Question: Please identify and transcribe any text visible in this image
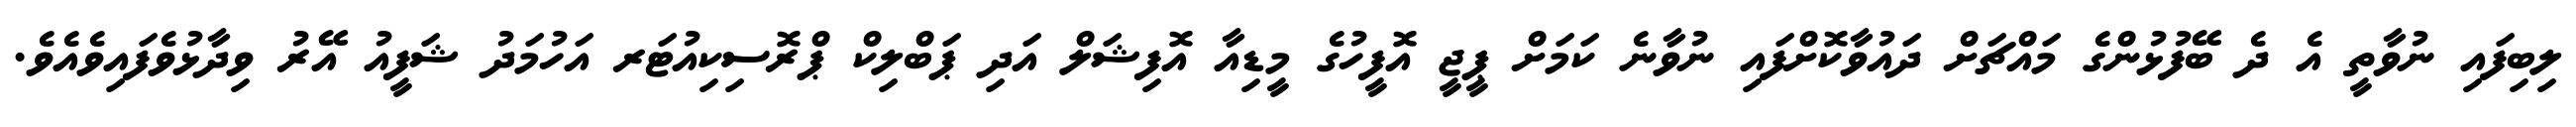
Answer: ލިބިފައި ނުވާތީ އެ ދެ ބޭފުޅުންގެ މައްޗަށް ދައުވާކޮށްފައި ނުވާނެ ކަމަށް ޕީޖީ އޮފީހުގެ މީޑިއާ އޮފިޝަލް އަދި ޕަބްލިކް ޕްރޮސިކިއުޓަރ އަހުމަދު ޝަފީއު އޭރު ވިދާޅުވެފައިވެއެވެ.